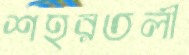
শহরতলী